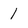
Character: 1